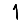
Digit: 1